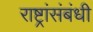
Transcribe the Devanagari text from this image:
राष्ट्रांसंबंधी